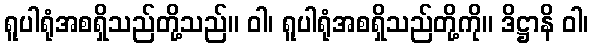
ရူပါရုံအစရှိသည်တို့သည်။ ဝါ၊ ရူပါရုံအစရှိသည်တို့ကို။ ဒိဋ္ဌာနိ ဝါ၊